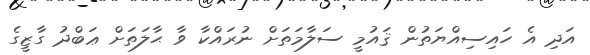
އަދި އެ ހައިސިއްޔަތުން ޤައުމީ ސަލާމަތަށް ނުރައްކާ ވާ ޙާލަތަށް ޢަބްދު ގާޒީގެ